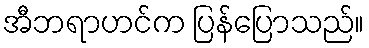
အီဘရာဟင်က ပြန်ပြောသည်။